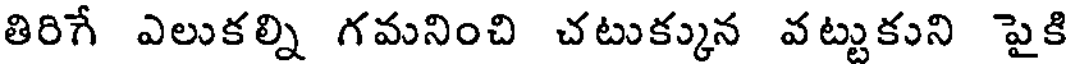
తిరిగే ఎలుకల్ని గమనించి చటుక్కున వట్టుకుని పైకి